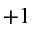
+ 1